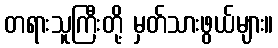
တရားသူကြီးတို့ မှတ်သားဖွယ်များ။